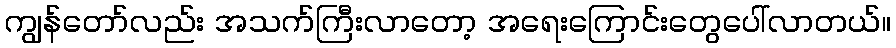
ကျွန်တော်လည်း အသက်ကြီးလာတော့ အရေးကြောင်းတွေပေါ်လာတယ်။